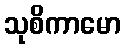
သုစိကာမော